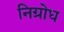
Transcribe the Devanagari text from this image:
निग्रोध